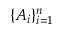
\{ A _ { i } \} _ { i = 1 } ^ { n }